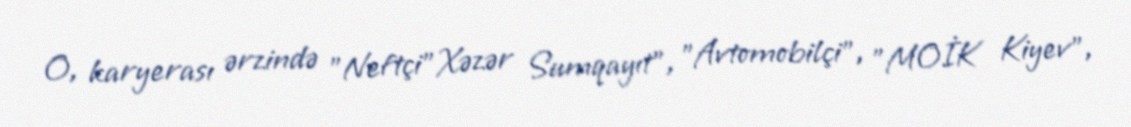
O, karyerası ərzində "Neftçi"Xəzər Sumqayıt", "Avtomobilçi", "MOİK Kiyev",